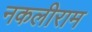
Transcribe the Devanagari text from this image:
नकलीराम